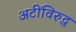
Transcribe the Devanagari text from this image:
अटींविरुद्ध